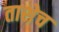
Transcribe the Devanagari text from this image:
ताशेच